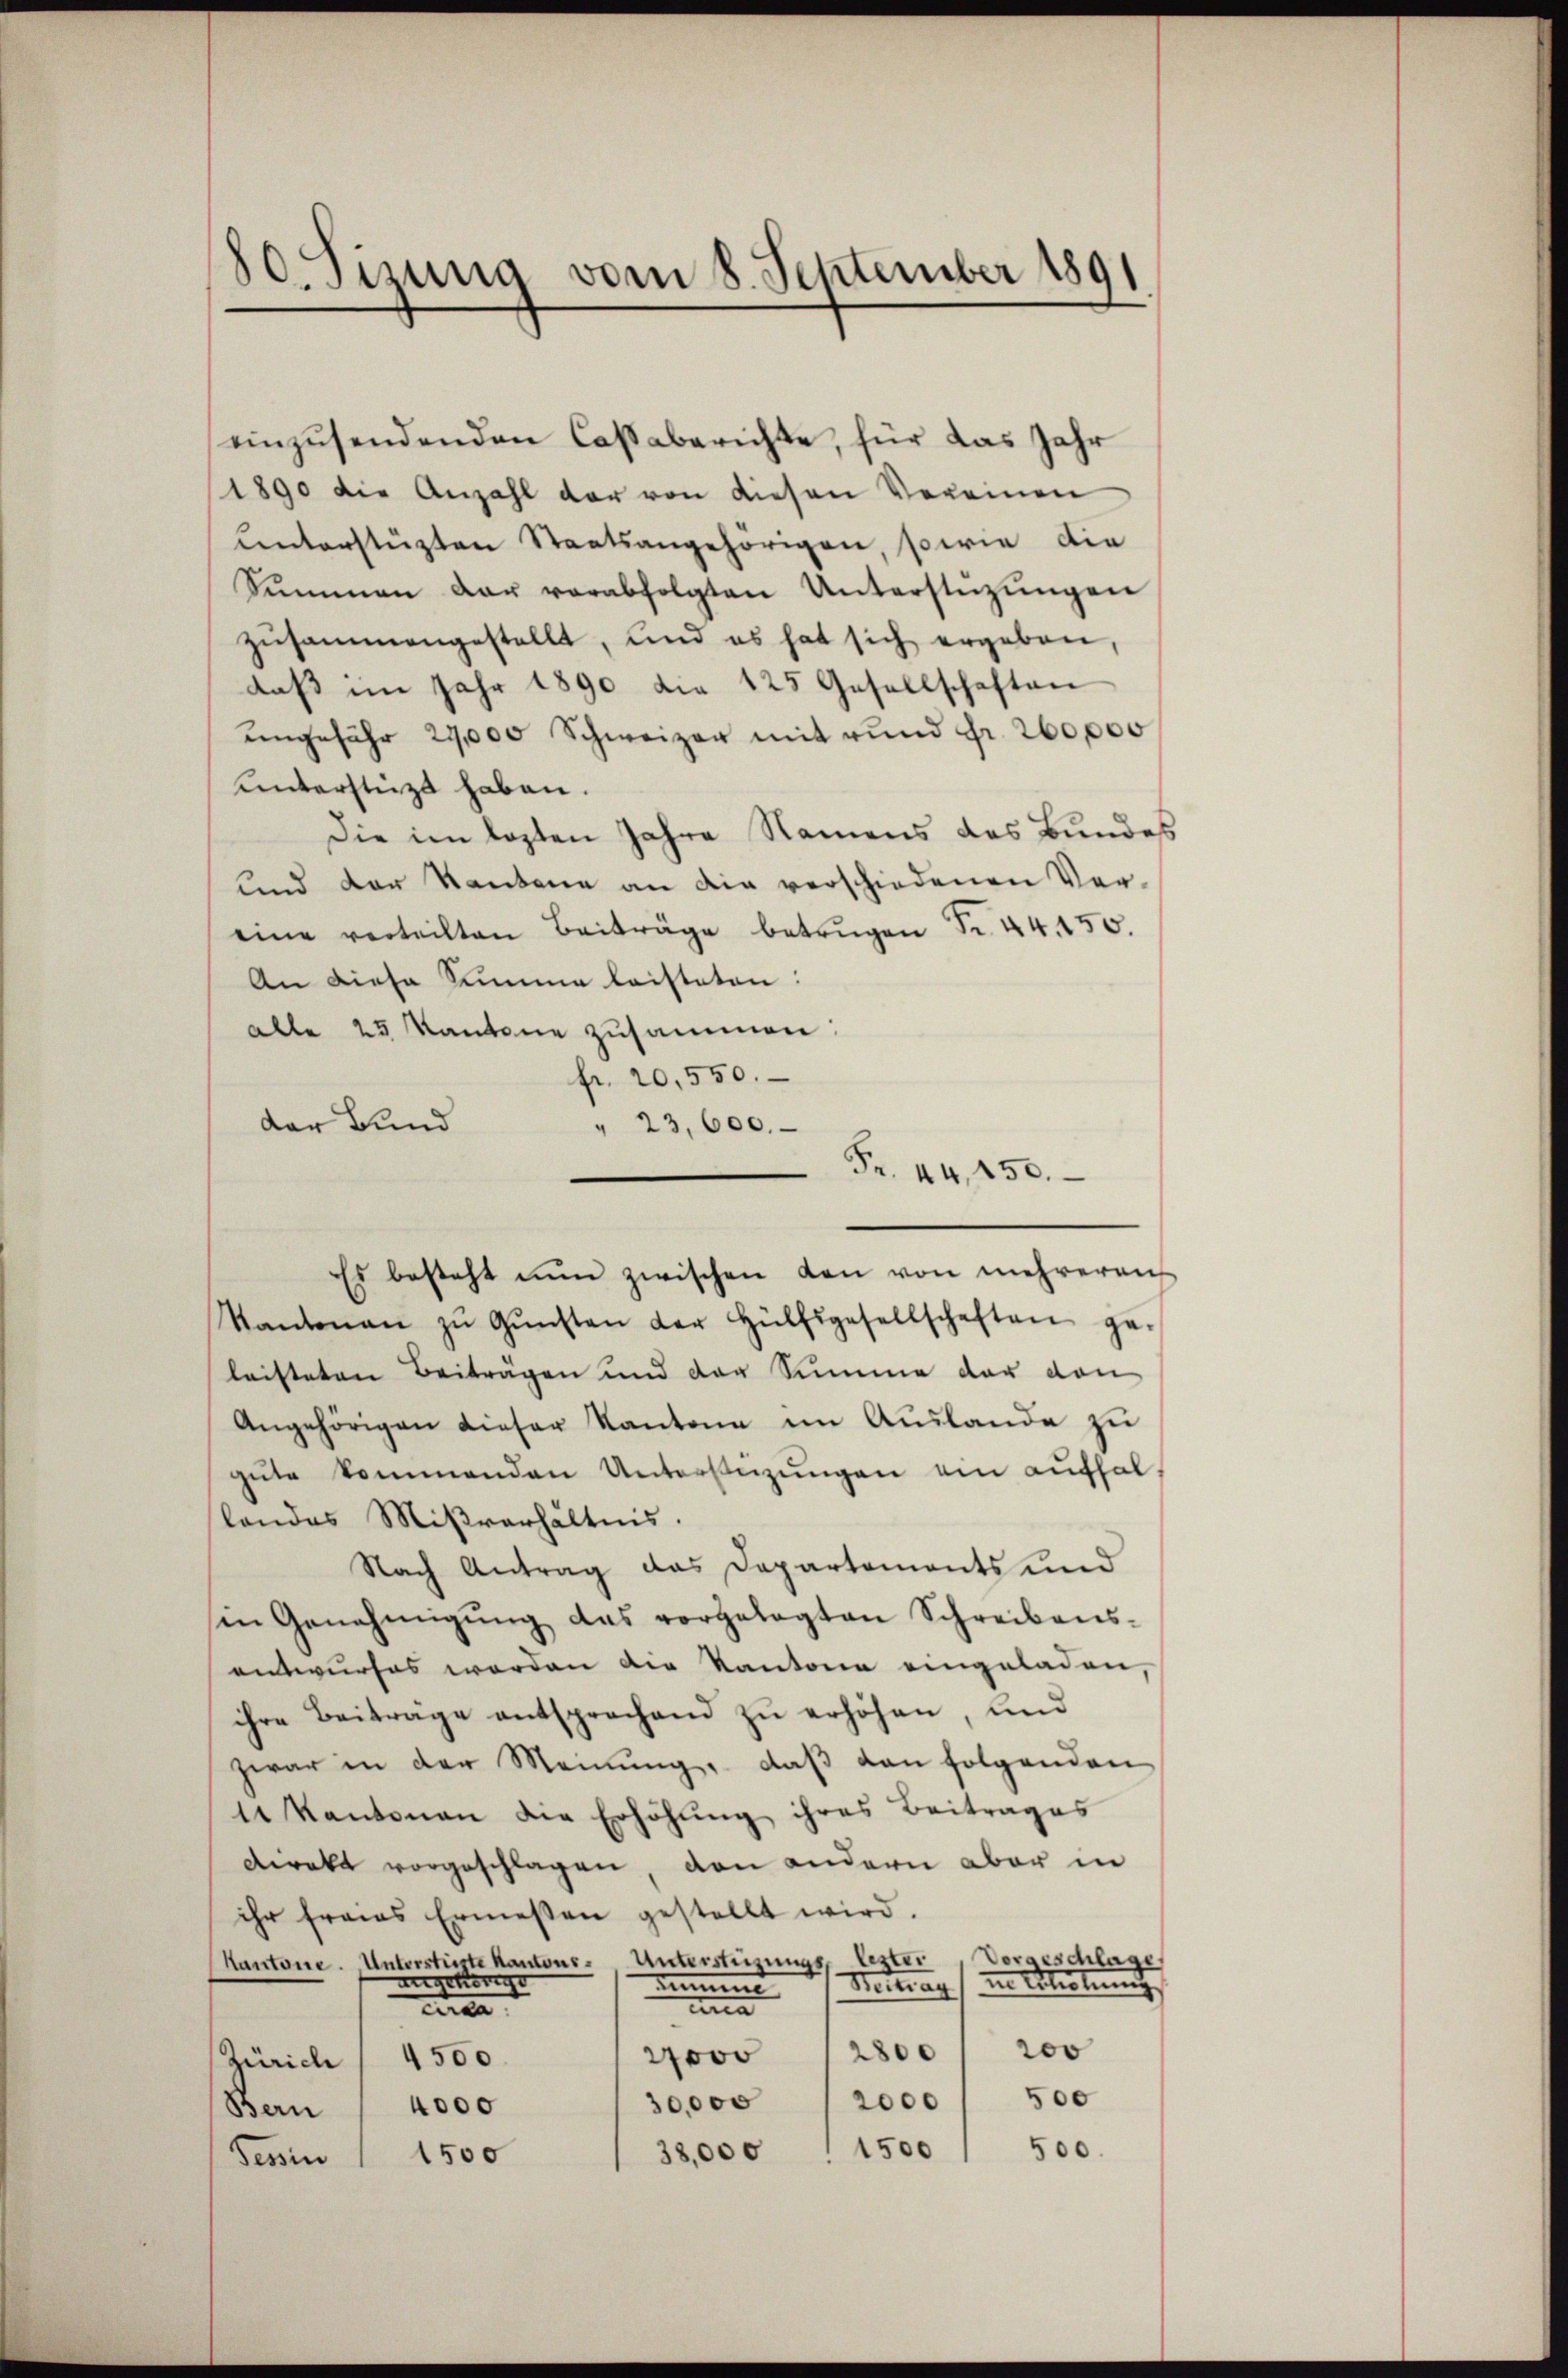
einzusendenden Caßaberichte, für das Jahr
1890 die Anzahl der von diesen Vereinen
unterstützten Staatsangehörigen, sowie die
Sŭmmen dar verabfolgten Unterstüzungen
zusammengestellt, und es hat sich ergeben,
daβ im Jahr 1890 die 125 Gesellschaften
ungefähr 29,000 Schweizer mit rund Fr. 260,000
unterstützt haben.
Die im lezten Jahre Namens des Bundes
und der Kantone an die verschiedenen Ver-
eine verteilten Beiträge betrügen Fr. 44. 450.
An diese Summe leisteten:
alle 25 Kantone zusammen:
fr. 20,550.
Kantonaŭ zŭ Gŭnsten der Hülfsgesellschaften ge-
leisteten Beiträgen und der Summe der von
Angehörigen dieser Kantone im Auslande zu
gute kommenden Unterstüzungen ein aufhal
landes Mißverhältnis.
Nach Antrag das Departaments und
in Genehmigŭng das vorgelegten Schreibens-
entwurfes werden die Kantone eingeladen,
ihre Beitrage entsprochend zŭ erhöhen, und
zwar in der Meinŭng, daβ dan folgenden
14 Kantonen die Erhöhung ihres Beitrages
direkt vorgeschlagen, den andern aber in
ihr frais Ermessen gestellt wird.
Vorgeschlage,
Kantone. Unterstriste Kantons-Unterstüzungs, lezter
mgehung
ne lichung
miment
Beitrag
cna
cea
200
2800
27000
Zürich / 4500.
500
30,000
2000
4000
Ben
38,000 (1500, 500.
Tessin " 1500

180. Sizung vom 8. September 1891

der Bund
" 23,600.
Fr. 44, 150.
Es besteht nun zwischen den von mehreren